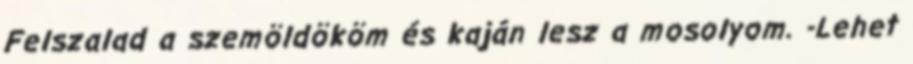
Felszalad a szemöldököm és kaján lesz a mosolyom. -Lehet